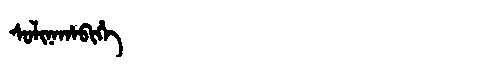
Manchu: ᠰᠣᠯᡳᠨᠠᡥᠠᠪᡳᡥᡝ
Romanization: SOLINAHABIHE